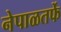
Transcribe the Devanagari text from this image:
नेपाळतर्फे